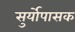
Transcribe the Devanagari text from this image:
सुर्योपासक